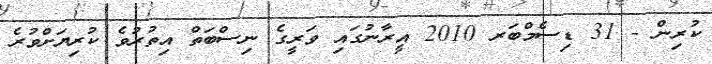
ކުރިން - 31 ޑިސެމްބަރ 2010 އީރާނުގައި ވަރީގެ ނިސްބަތް އިތުރުވެ ކުރިޔަށްވުރެ